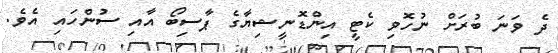
ދެ ވަނަ ބުރަށް ނުހޮވި ކެޓީ އިންޑޮނީޝިޔާގެ ޕާސިބޯ އާއި ސުންހައި އެވެ.